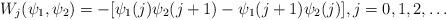
LaTeX: \begin{align*}W_j(\psi_1,\psi_2)=-[\psi_1(j)\psi_2(j+1)-\psi_1(j+1)\psi_2(j)], j=0,1,2,\ldots\end{align*}